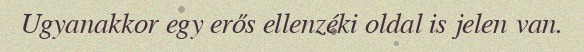
Ugyanakkor egy erős ellenzéki oldal is jelen van.